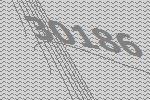
30186